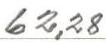
62,28